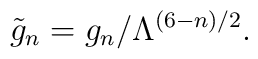
\tilde{g}_n = g_n/\Lambda^{(6-n)/2}.